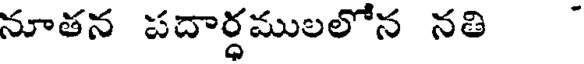
నూతన పదార్ధములలోన నతి